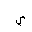
Letter: _ya